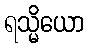
ရသ္မိယော